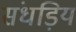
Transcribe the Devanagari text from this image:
संधड़िय